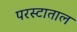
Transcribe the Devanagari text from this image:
परस्टाताल